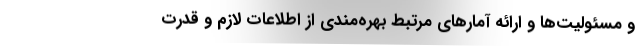
و مسئولیت‌ها و ارائه آمارهای مرتبط بهره‌مندی از اطلاعات لازم و قدرت